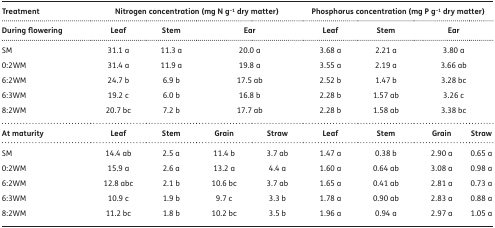
| Treatment | <COLSPAN=4> Nitrogen concentration (mg N g−1 dry matter) | <COLSPAN=4> Phosphorus concentration (mg P g−1 dry matter) |
 | During flowering | Leaf | Stem | <COLSPAN=2> Ear | Leaf | Stem | <COLSPAN=2> Ear |
 | --- | --- | --- | --- | --- | --- | --- | --- | --- |
 | SM | 31.1 a | 11.3 a | <COLSPAN=2> 20.0 a | 3.68 a | 2.21 a | <COLSPAN=2> 3.80 a |
 | 0:2WM | 31.4 a | 11.9 a | <COLSPAN=2> 19.8 a | 3.55 a | 2.19 a | <COLSPAN=2> 3.66 ab |
 | 6:2WM | 24.7 b | 6.9 b | <COLSPAN=2> 17.5 ab | 2.52 b | 1.47 b | <COLSPAN=2> 3.28 bc |
 | 6:3WM | 19.2 c | 6.0 b | <COLSPAN=2> 16.8 b | 2.28 b | 1.57 ab | <COLSPAN=2> 3.26 c |
 | 8:2WM | 20.7 bc | 7.2 b | <COLSPAN=2> 17.7 ab | 2.28 b | 1.58 ab | <COLSPAN=2> 3.38 bc |
 | At maturity | Leaf | Stem | Grain | Straw | Leaf | Stem | Grain | Straw |
 | SM | 14.4 ab | 2.5 a | 11.4 b | 3.7 ab | 1.47 a | 0.38 b | 2.90 a | 0.65 a |
 | 0:2WM | 15.9 a | 2.6 a | 13.2 a | 4.4 a | 1.60 a | 0.64 ab | 3.08 a | 0.98 a |
 | 6:2WM | 12.8 abc | 2.1 b | 10.6 bc | 3.7 ab | 1.65 a | 0.41 ab | 2.81 a | 0.73 a |
 | 6:3WM | 10.9 c | 1.9 b | 9.7 c | 3.3 b | 1.78 a | 0.90 ab | 2.83 a | 0.88 a |
 | 8:2WM | 11.2 bc | 1.8 b | 10.2 bc | 3.5 b | 1.96 a | 0.94 a | 2.97 a | 1.05 a |